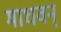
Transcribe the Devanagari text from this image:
माधवन्